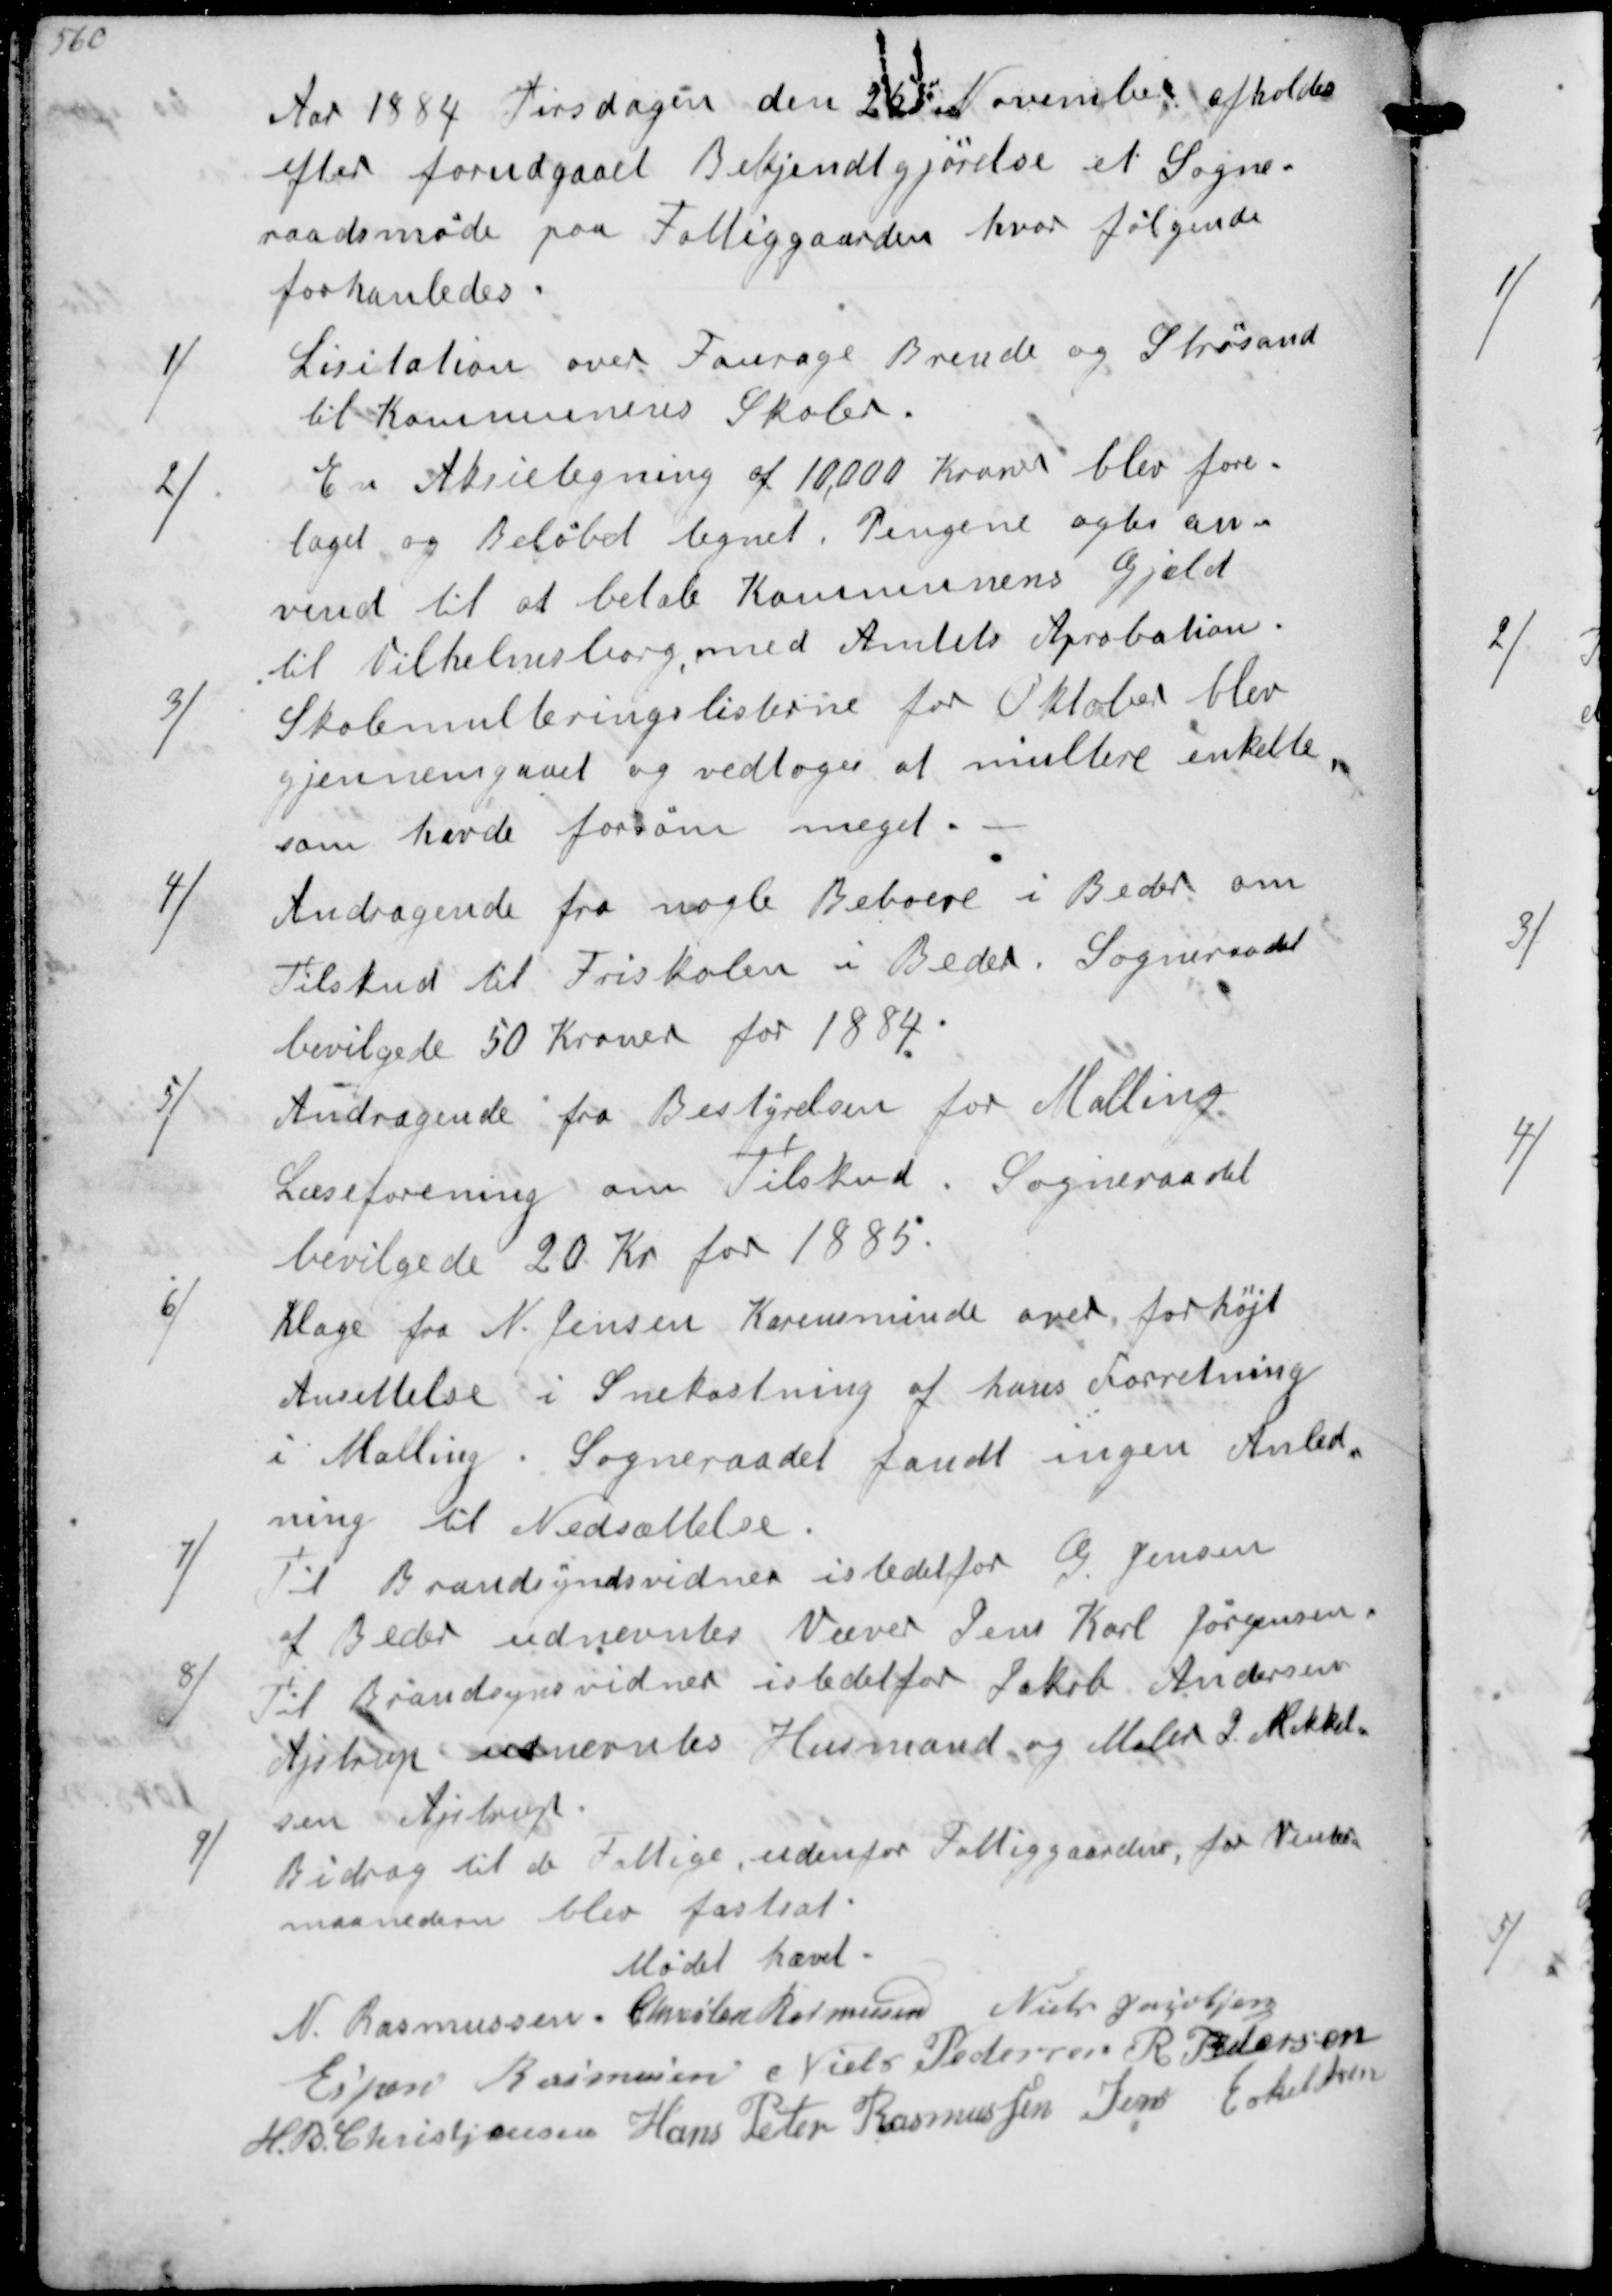
Transskription:
Aar 1884 Tirsdagen den 25 November afholdes
efter forudgaaet Bekjendtgørelse et Sogne-
raadsmøde paa Fattiggaarden hvor følgende
forhandledes.
1/
Lisitation over Fourage Brende og Strøsand
til Kommunens Skoler.
2/
En Aksietegning af 10,000 Kroner blev fore-
taget og Beløbet tegnet. Pengene agtes an-
vend til at betale Kommunens Gjæld
til Vilhelmsborg med Amtets Aprobation.
3/
Skolemulteringslisterne for Oktober blev
gjennemgaaet og vedtoges at multere enkelte
som havde forsøm meget.
4/
Andragende fra nogle Beboere i Beder om
Tilskud til Friskolen i Beder. Sogneraadet
bevilgede 50 Kroner for 1884
5/
Andragende fra Bestyrelsen for Malling
Læseforening om Tilskud. Sogneraadet
bevilgede 20 Kr for 1885.
6/
Klage fra N. Jensen Karensminde over for højt
Ansættelse i Snekastning af hans Forretning
i Malling. Sogneraadet fandt ingen Anled-
ning til Nedsættelse
7/
Til Brandsyndsvidner istedetfor G Jensen
af Beder udnevntes Væver Jens Karl Jørgensen.
8/
Til Brandsynsvidner istedet for Jakob Andersen
Ajstrup udnevntes Husmand og Maler S. Mikkel-
sen Ajstrup
9/
Bidrag til de Fattige udentor Fattiggaarden for Vinter-
maanedern blev fastsat
Mødet hævet.
N. Rasmussen
Chresten Rasmussen
Niels Jacobsen
Espen Rasmussen
Niels Pedersen
R. Pedersen
H.B. Christjansen
Hans Peder Rasmussen
Jens Eskeldsen